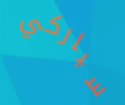
سباركي